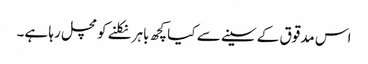
اس مدقوق کے سینے سے کیا کچھ باہر نکلنے کومچل رہا ہے۔